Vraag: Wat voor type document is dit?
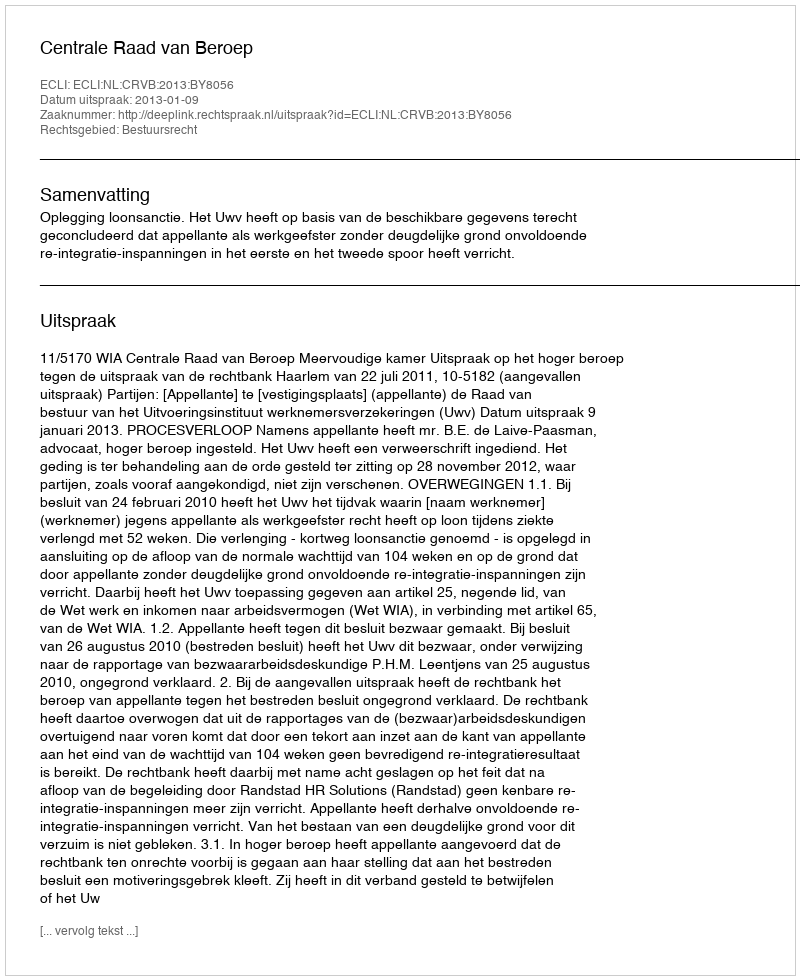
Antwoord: Uitspraak